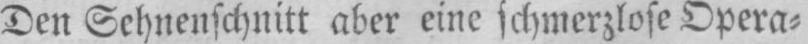
Den Sehnenschnitt aber eine schmerzlose Opera⸗